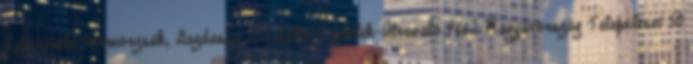
Lapszemle-Hírmorzsák, Gazdaság 258 Lelki Táplálék-Útravaló 4662 Magyarország Települései 50